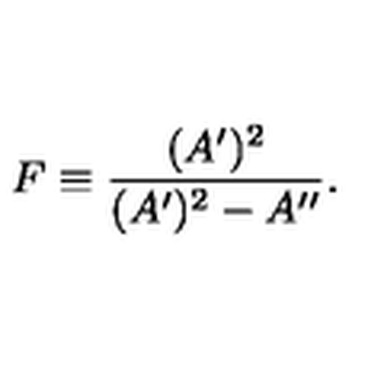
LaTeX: F \equiv { \frac { ( A ^ { \prime } ) ^ { 2 } } { ( A ^ { \prime } ) ^ { 2 } - A ^ { \prime \prime } } } .